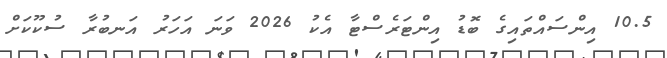
10.5 އިންސައްތައިގެ ބޮޑު އިންޓަރެސްޓާ އެކު 2026 ވަނަ އަހަރު އަނބުރާ ސުކޫކަށް